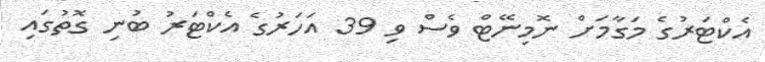
އެކްޓަރުގެ މަގާމަށް ނޮމިނޭޓް ވެސް ވި 39 އަހަރުގެ އެކްޓަރު ބުނި ގޮތުގައި